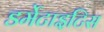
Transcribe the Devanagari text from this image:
डर्मेटाइटिस